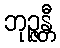
ဘုဉ္ဇန္တီ